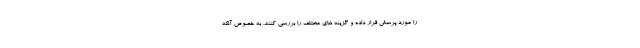
را مورد پرسش قرار داده و گزینه های مختلف را بررسی کنند. به خصوص آنکه